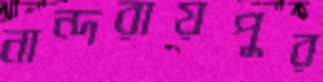
নান্দরায়পুর